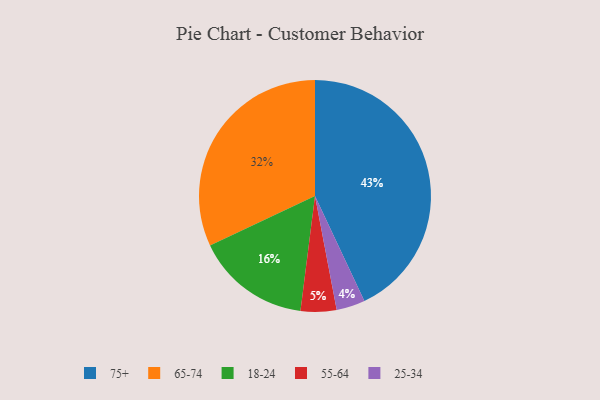
{"axis": {"x": "Category", "y": "Percentage"}, "legend": ["18-24", "25-34", "55-64", "65-74", "75+"], "data": [{"x": "25-34", "y": 4, "type": "25-34"}, {"x": "75+", "y": 43, "type": "75+"}, {"x": "55-64", "y": 5, "type": "55-64"}, {"x": "65-74", "y": 32, "type": "65-74"}, {"x": "18-24", "y": 16, "type": "18-24"}]}